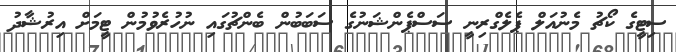
ސިޓީގެ ކޯޗު މެނުއަލް ޕެލެގްރިނީ ސަސްޕެންޝަނުގެ ސަބަބުން ބެންޗުގައި ނުހުރެވުމުން ޓީމަށް އިރުޝާދު